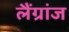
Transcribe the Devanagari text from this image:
लैंग्रांज